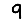
Digit: 9